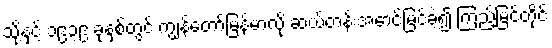
သို့နှင့် ၁၉၃၉ ခုနှစ်တွင် ကျွန်တော်မြန်မာလို ဆယ်တန်းအောင်မြင်ခဲ့၍ ကြည့်မြင်တိုင်